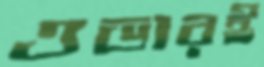
ওভারই